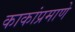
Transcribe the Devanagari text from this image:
काकांप्रमाणे